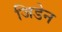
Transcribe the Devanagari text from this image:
जिडेन